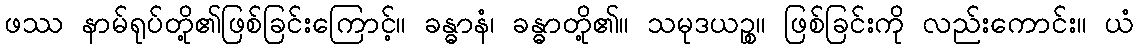
ဖဿ နာမ်ရုပ်တို့၏ဖြစ်ခြင်းကြောင့်။ ခန္ဓာနံ၊ ခန္ဓာတို့၏။ သမုဒယဉ္စ။ ဖြစ်ခြင်းကို လည်းကောင်း။ ယံ